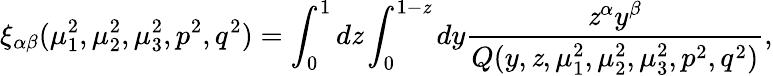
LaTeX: \xi_{\alpha\beta}(\mu_{1}^{2},\mu_{2}^{2},\mu_{3}^{2},p^{2},q^{2})=\int_{0}^{1}d\mathit{z}\int_{0}^{1-\mathit{z}}dy\frac{{\mathit{z}^{\alpha}y^{\beta}}}{{Q(y,\mathit{z},\mu_{1}^{2},\mu_{2}^{2},\mu_{3}^{2},p^{2},q^{2})}},